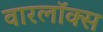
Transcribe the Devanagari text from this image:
वारलॉक्स